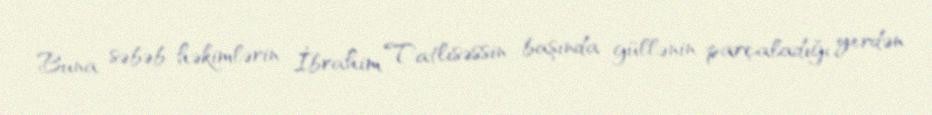
Buna səbəb həkimlərin İbrahim Tatlısəssin başında güllənin parçaladığı yerdən